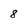
Character: 8